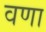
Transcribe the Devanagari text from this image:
वणा